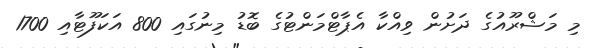
މި މަޝްރޫއުގެ ދަށުން ވިއްކާ އެޕާޓްމަންޓުގެ ބޮޑު މިނުގައި 800 އަކަފޫޓާއި 1700